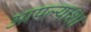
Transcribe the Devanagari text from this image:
आपल्याशा